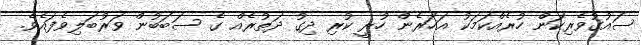
ސައުގުވެރިކަން ހުރެއްކަމަކު އަހަރެން ހުރީ ކުރި ދިގު ދަތުރެއް ގެ ސަބަބުން ވަރުބަލިވެފައެވެ.